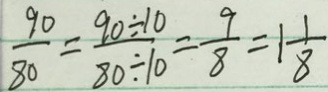
\frac { 9 0 } { 8 0 } = \frac { 9 0 \div 1 0 } { 8 0 \div 1 0 } = \frac { 9 } { 8 } = 1 \frac { 1 } { 8 }